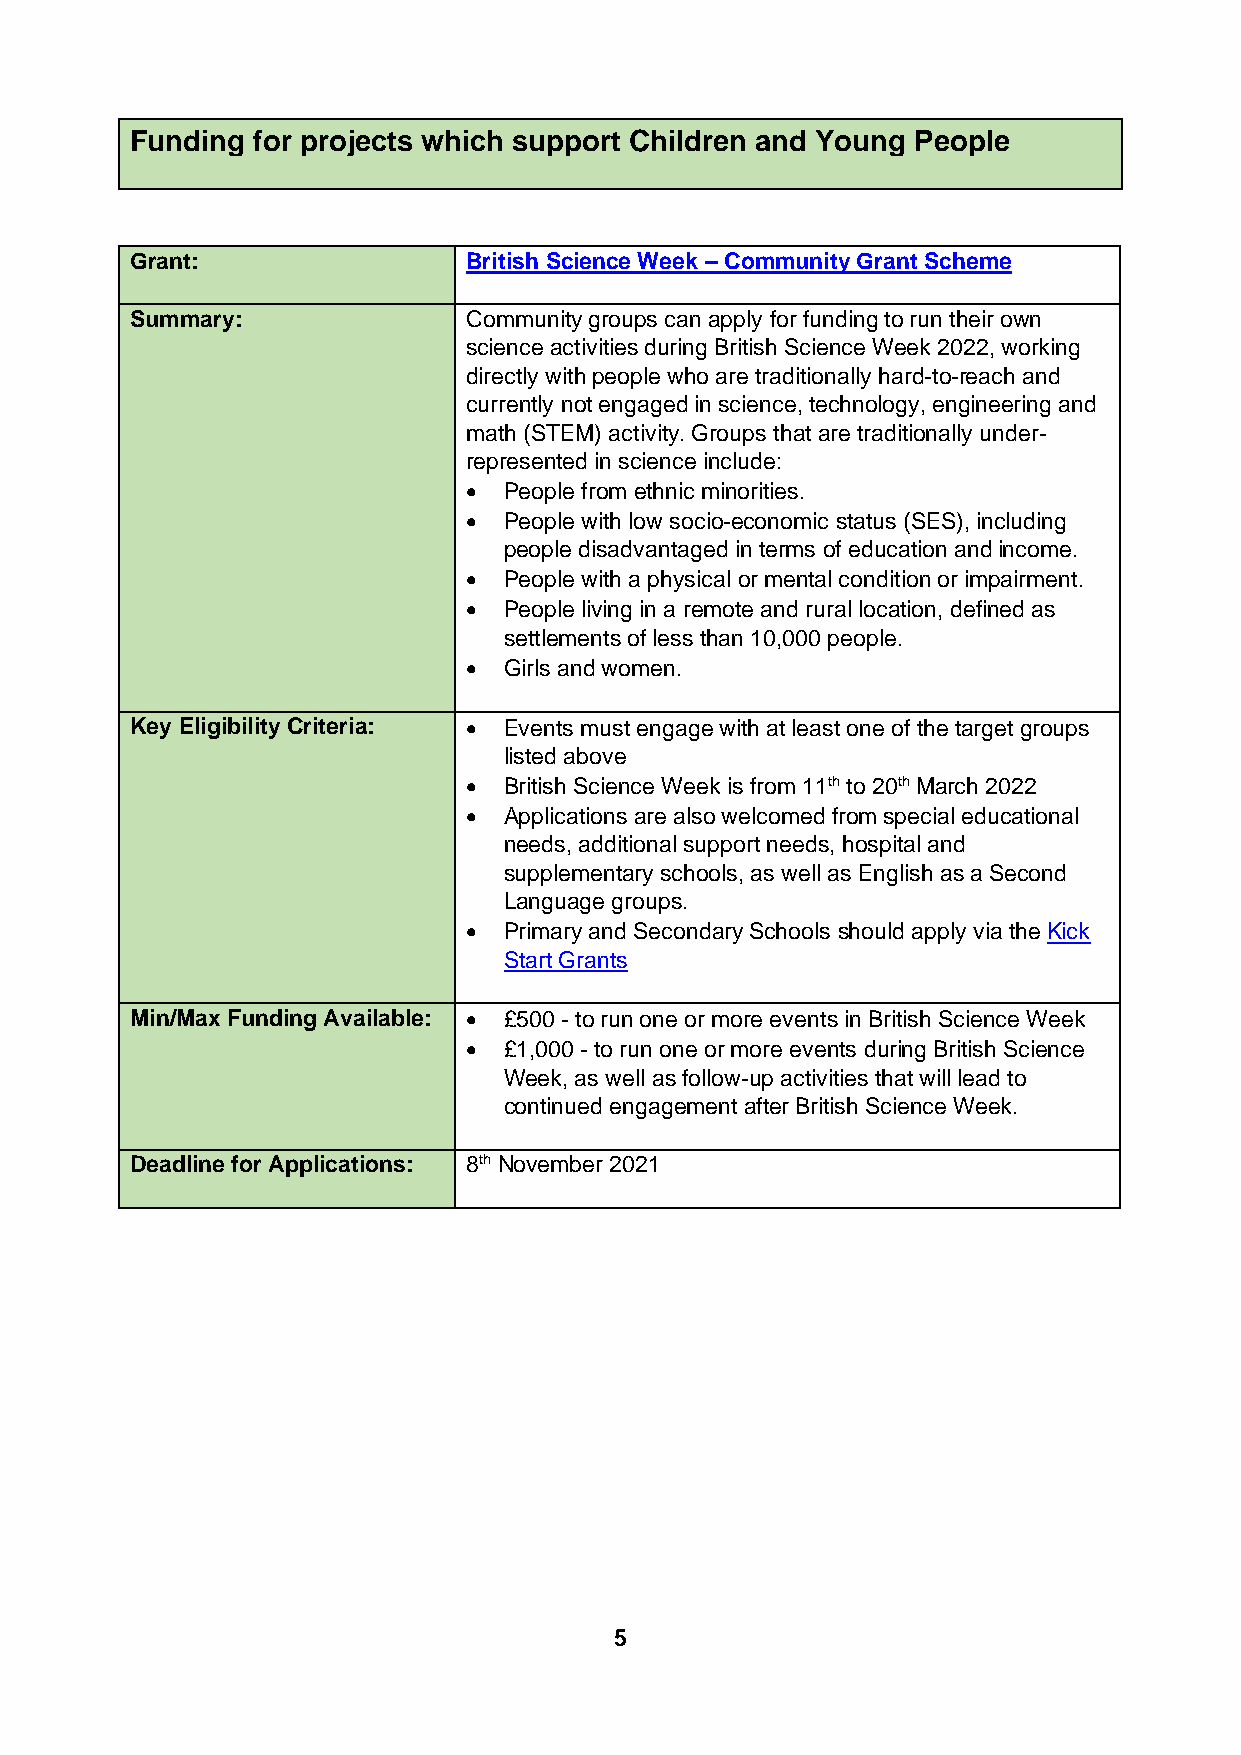
Funding for projects which support Children and Young People
 Grant:                British Science Week – Community Grant Scheme
 Summary:              Community groups can apply for funding to run their own
 science activities during British Science Week 2022, working
 directly with people who are traditionally hard-to-reach and
 currently not engaged in science, technology, engineering and
 math (STEM) activity. Groups that are traditionally under-
 represented in science include:
 • People from ethnic minorities.
 • People with low socio-economic status (SES), including
 people disadvantaged in terms of education and income.
 • People with a physical or mental condition or impairment.
 • People living in a remote and rural location, defined as
 settlements of less than 10,000 people.
 • Girls and women.
 Key Eligibility Criteria: • Events must engage with at least one of the target groups
 listed above
 • British Science Week is from 11th to 20th March 2022
 • Applications are also welcomed from special educational
 needs, additional support needs, hospital and
 supplementary schools, as well as English as a Second
 Language groups.
 • Primary and Secondary Schools should apply via the Kick
 Start Grants
 Min/Max Funding Available: • £500 - to run one or more events in British Science Week
 • £1,000 - to run one or more events during British Science
 Week, as well as follow-up activities that will lead to
 continued engagement after British Science Week.
 Deadline for Applications: 8th November 2021
 5